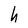
Character: h